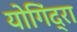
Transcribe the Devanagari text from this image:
योगिंद्रा